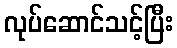
လုပ်ဆောင်သင့်ပြီး